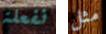
نفعلة مثل